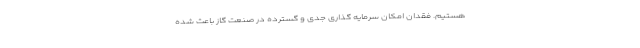
هستیم. فقدان امکان سرمایه گذاری جدی و گسترده در صنعت گاز باعث شده